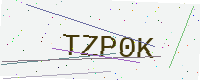
Text: TZP0K